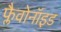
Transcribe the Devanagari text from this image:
फ्लैवोनॉइड